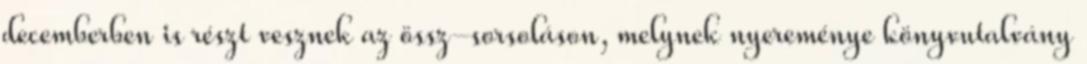
decemberben is részt vesznek az össz-sorsoláson, melynek nyereménye könyvutalvány